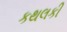
કથલકી